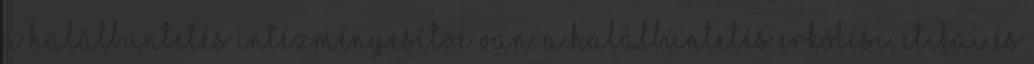
a halálbüntetés intézményesítve van. A halálbüntetés erkölcsi, etikai és